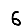
Digit: 6